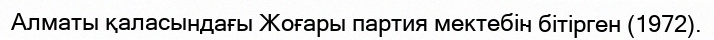
Алматы қаласындағы Жоғары партия мектебін бітірген (1972).